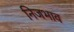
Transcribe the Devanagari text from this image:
निजभाव